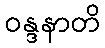
ဝန္ဒနာတိ